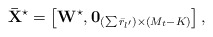
\begin{align*} {{\bf{\bar X}}^{\star}} = \left[ {{{\bf{W}}^{\star}},{{\bf{0}}_{\left( {\sum {{{\bar r}_{l'}}} } \right) \times \left( {{M_t} - K} \right)}}} \right], \end{align*}